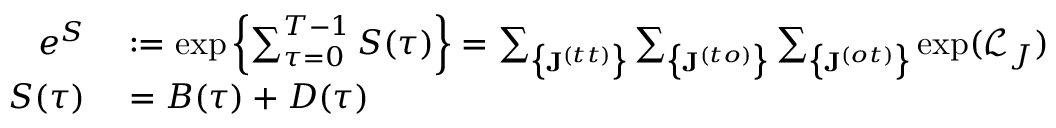
\begin{array} { r l } { e ^ { S } } & { { } : = \exp \left\{ \sum _ { \tau = 0 } ^ { T - 1 } S ( \tau ) \right\} = \sum _ { \big \{ \mathbf { J } ^ { ( t t ) } \big \} } \sum _ { \big \{ \mathbf { J } ^ { ( t o ) } \big \} } \sum _ { \big \{ \mathbf { J } ^ { ( o t ) } \big \} } \exp ( \mathcal { L } _ { J } ) } \\ { S ( \tau ) } & { { } = B ( \tau ) + D ( \tau ) } \end{array}